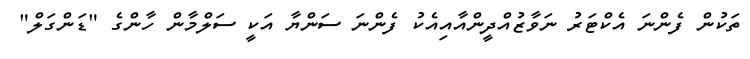
ތަކުން ފެންނަ އެކްޓަރު ނަވާޒުއްދީންއާއިއެކު ފެންނަ ސަންޔާ އަކީ ސަލްމާން ހާންގެ "ޑަންގަލް"